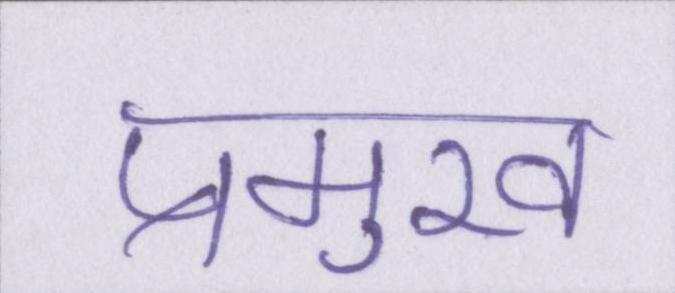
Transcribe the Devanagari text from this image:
प्रमुख